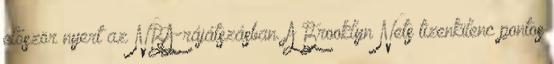
először nyert az NBA-rájátszásban. A Brooklyn Nets tizenkilenc pontos